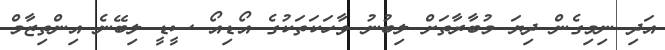
އަދި ނިމިގެން ދިޔަ މުބާރާތަށް ލިބުނު ވާހަކަތަކުގެ އޯޑިއޯ ސީޑީ ލިބޭނެ އިންތިޒާމް